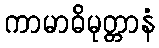
ကာမာဓိမုတ္တာနံ